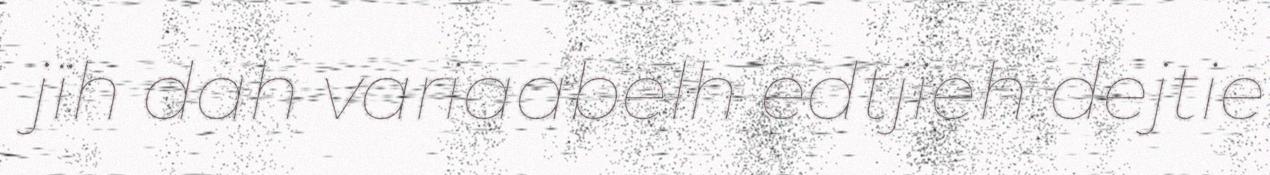
jïh dah variaabelh edtjieh dejtie